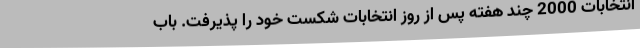
انتخابات 2000 چند هفته پس از روز انتخابات شکست خود را پذیرفت. باب